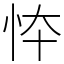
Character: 㤒